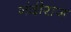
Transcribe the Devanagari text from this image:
नंदीराज